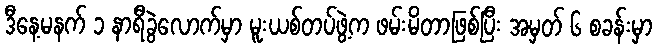
ဒီနေ့မနက် ၁ နာရီခွဲလောက်မှာ မူးယစ်တပ်ဖွဲ့က ဖမ်းမိတာဖြစ်ပြီး အမှတ် ၆ စခန်းမှာ